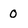
Character: 0